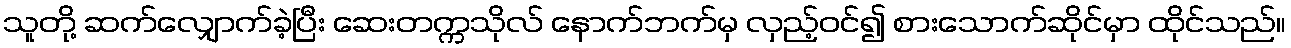
သူတို့ ဆက်လျှောက်ခဲ့ပြီး ဆေးတက္ကသိုလ် နောက်ဘက်မှ လှည့်ဝင်၍ စားသောက်ဆိုင်မှာ ထိုင်သည်။